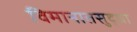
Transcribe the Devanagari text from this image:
विमानातसुद्धा